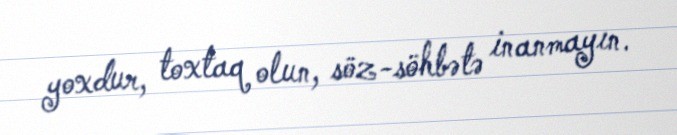
yoxdur, toxtaq olun, söz-söhbətə inanmayın.